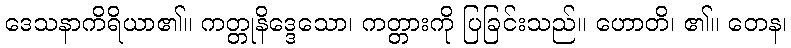
ဒေသနာကိရိယာ၏။ ကတ္တုနိဒ္ဒေသော၊ ကတ္တားကို ပြခြင်းသည်။ ဟောတိ၊ ၏။ တေန၊